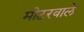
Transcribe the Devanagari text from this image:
मोटरवाले